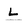
Character: L